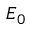
E _ { 0 }